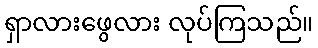
ရှာလားဖွေလား လုပ်ကြသည်။